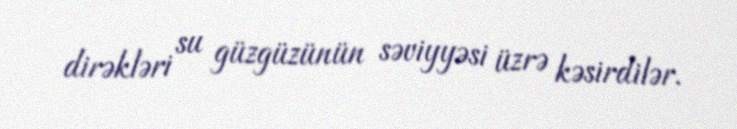
dirəkləri su güzgüzünün səviyyəsi üzrə kəsirdilər.